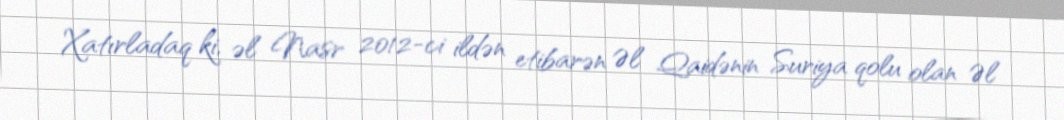
Xatırladaq ki, əl Nasr 2012-ci ildən etibarən Əl Qaidənin Suriya qolu olan Əl